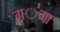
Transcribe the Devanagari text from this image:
ग॑गा